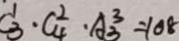
\dot { C } _ { 3 } ^ { 1 } \cdot C _ { 4 } ^ { 2 } \cdot A _ { 3 } ^ { 3 } = 1 0 8